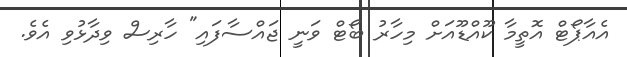
އެއާޕޯޓް އޮތީމާ ކޫއްޑޫއަށް މިހާރު ބޯޓް ވަނީ ޖައްސާފައި" ހާރިސް ވިދާޅުވި އެވެ.